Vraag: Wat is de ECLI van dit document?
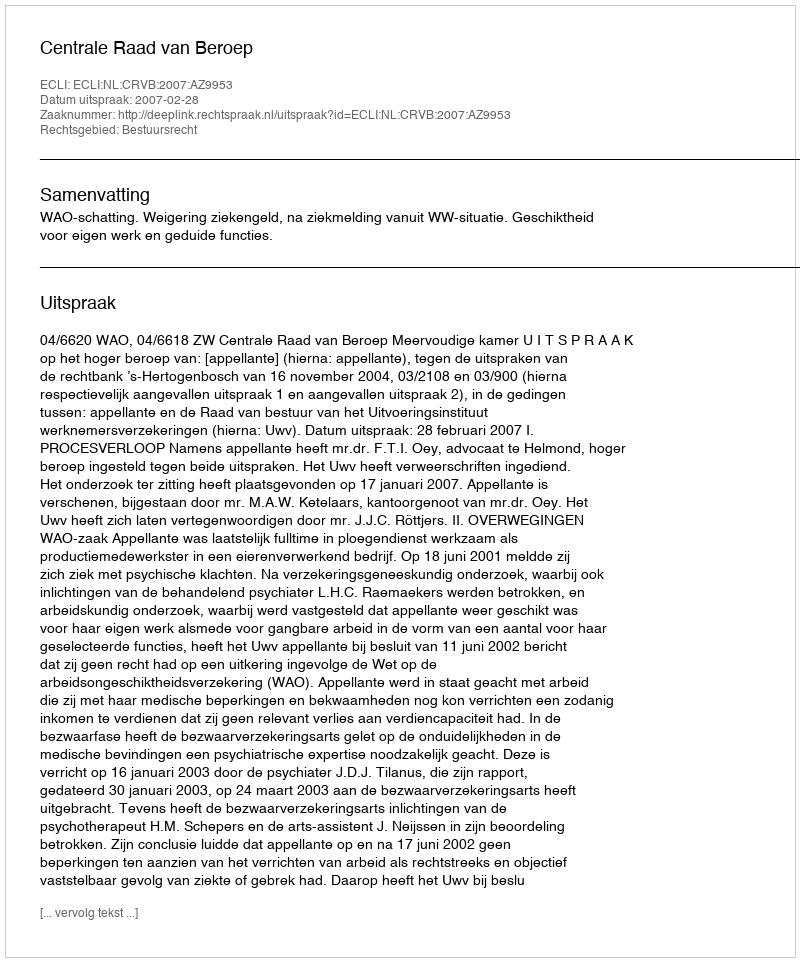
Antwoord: ECLI:NL:CRVB:2007:AZ9953